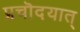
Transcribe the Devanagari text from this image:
प्रचॊदयात्